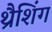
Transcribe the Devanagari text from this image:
थ्रैशिंग